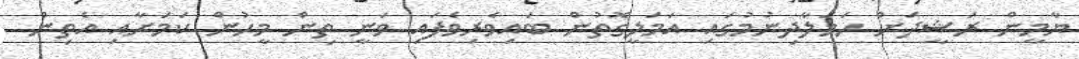
ޔާމީން ރަޝީދަށް ހަމަލާދިނުމުގައި އަމަލީގޮތުން ބައިވެރިވެފައި ވަނީ ތިން މީހުން ކަމަށާއި އެތިން